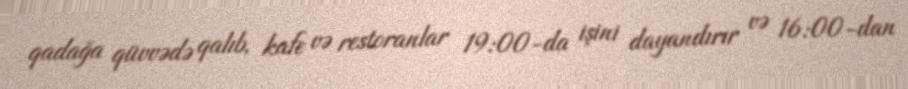
qadağa qüvvədə qalıb, kafe və restoranlar 19:00-da işini dayandırır və 16:00-dan